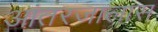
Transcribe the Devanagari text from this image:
आंतरजालास